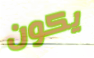
يكون